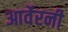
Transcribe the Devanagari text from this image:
आर्वेरनी